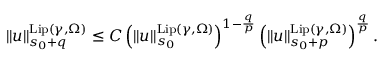
\begin{array} { r } { \rVert u \rVert _ { s _ { 0 } + q } ^ { \mathrm { L i p } ( \gamma , \Omega ) } \le C \left( \rVert u \rVert _ { s _ { 0 } } ^ { \mathrm { L i p } ( \gamma , \Omega ) } \right) ^ { 1 - \frac { q } p } \left( \rVert u \rVert _ { s _ { 0 } + p } ^ { \mathrm { L i p } ( \gamma , \Omega ) } \right) ^ { \frac { q } { p } } . } \end{array}